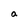
Character: a